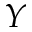
Y